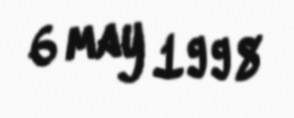
6 may 1998